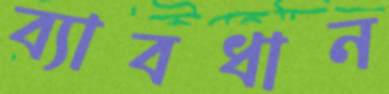
ব্যাবধান